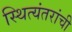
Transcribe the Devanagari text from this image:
स्थित्यंतरांची